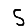
Digit: 5